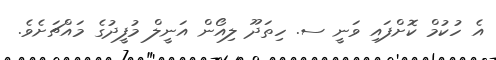
އެ ހުކުމް ކޮށްފައި ވަނީ ސ. ހިތަދޫ ލިއޯން އަނީލް މުފީދުގެ މައްޗަށެވެ.